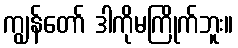
ကျွန်တော် ဒါကိုမကြိုက်ဘူး။